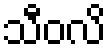
သီဝလိ